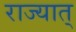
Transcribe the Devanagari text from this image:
राज्यात्